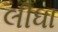
લીધા